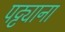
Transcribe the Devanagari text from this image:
पट्ट्याना